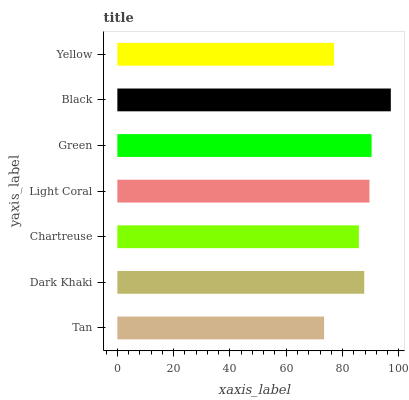
| yaxis_label | bars |
 | --- | --- |
 | Tan | 73.5 |
 | Dark Khaki | 87.7 |
 | Chartreuse | 85.8 |
 | Light Coral | 89.6 |
 | Green | 90.3 |
 | Black | 97.2 |
 | Yellow | 77 |